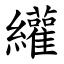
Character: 䌯